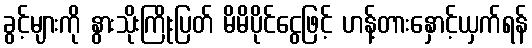
ခွင့်များကို နွားသိုးကြိုးပြတ် မိမိပိုင်ငွေဖြင့် ဟန့်တားနှောင့်ယှက်ရန်